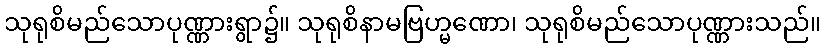
သုရုစိမည်သောပုဏ္ဏားရွာ၌။ သုရုစိနာမဗြဟ္မဏော၊ သုရုစိမည်သောပုဏ္ဏားသည်။